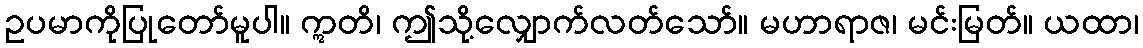
ဥပမာကိုပြုတော်မူပါ။ ဣတိ၊ ဤသို့လျှောက်လတ်သော်။ မဟာရာဇ၊ မင်းမြတ်။ ယထာ၊